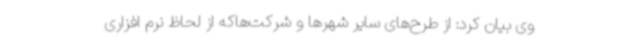
وی بیان کرد: از طرح‌های سایر شهرها و شرکت‌هاکه از لحاظ نرم افزاری